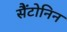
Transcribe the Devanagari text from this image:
सैंटोनिन